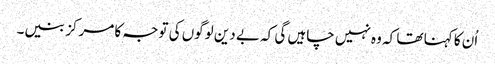
اُن کا کہنا تھا کہ وہ نہیں چاہیں گی کہ بے دین لوگوں کی توجہ کا مرکز بنیں۔